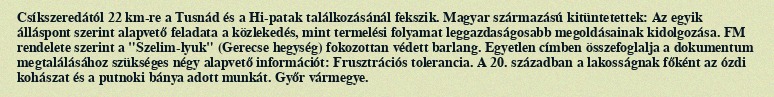
Csíkszeredától 22 km-re a Tusnád és a Hi-patak találkozásánál fekszik. Magyar származású kitüntetettek: Az egyik álláspont szerint alapvető feladata a közlekedés, mint termelési folyamat leggazdaságosabb megoldásainak kidolgozása. FM rendelete szerint a "Szelim-lyuk" (Gerecse hegység) fokozottan védett barlang. Egyetlen címben összefoglalja a dokumentum megtalálásához szükséges négy alapvető információt: Frusztrációs tolerancia. A 20. században a lakosságnak főként az ózdi kohászat és a putnoki bánya adott munkát. Győr vármegye.